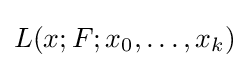
L(x;F;x_{0},\ldots ,x_{k})